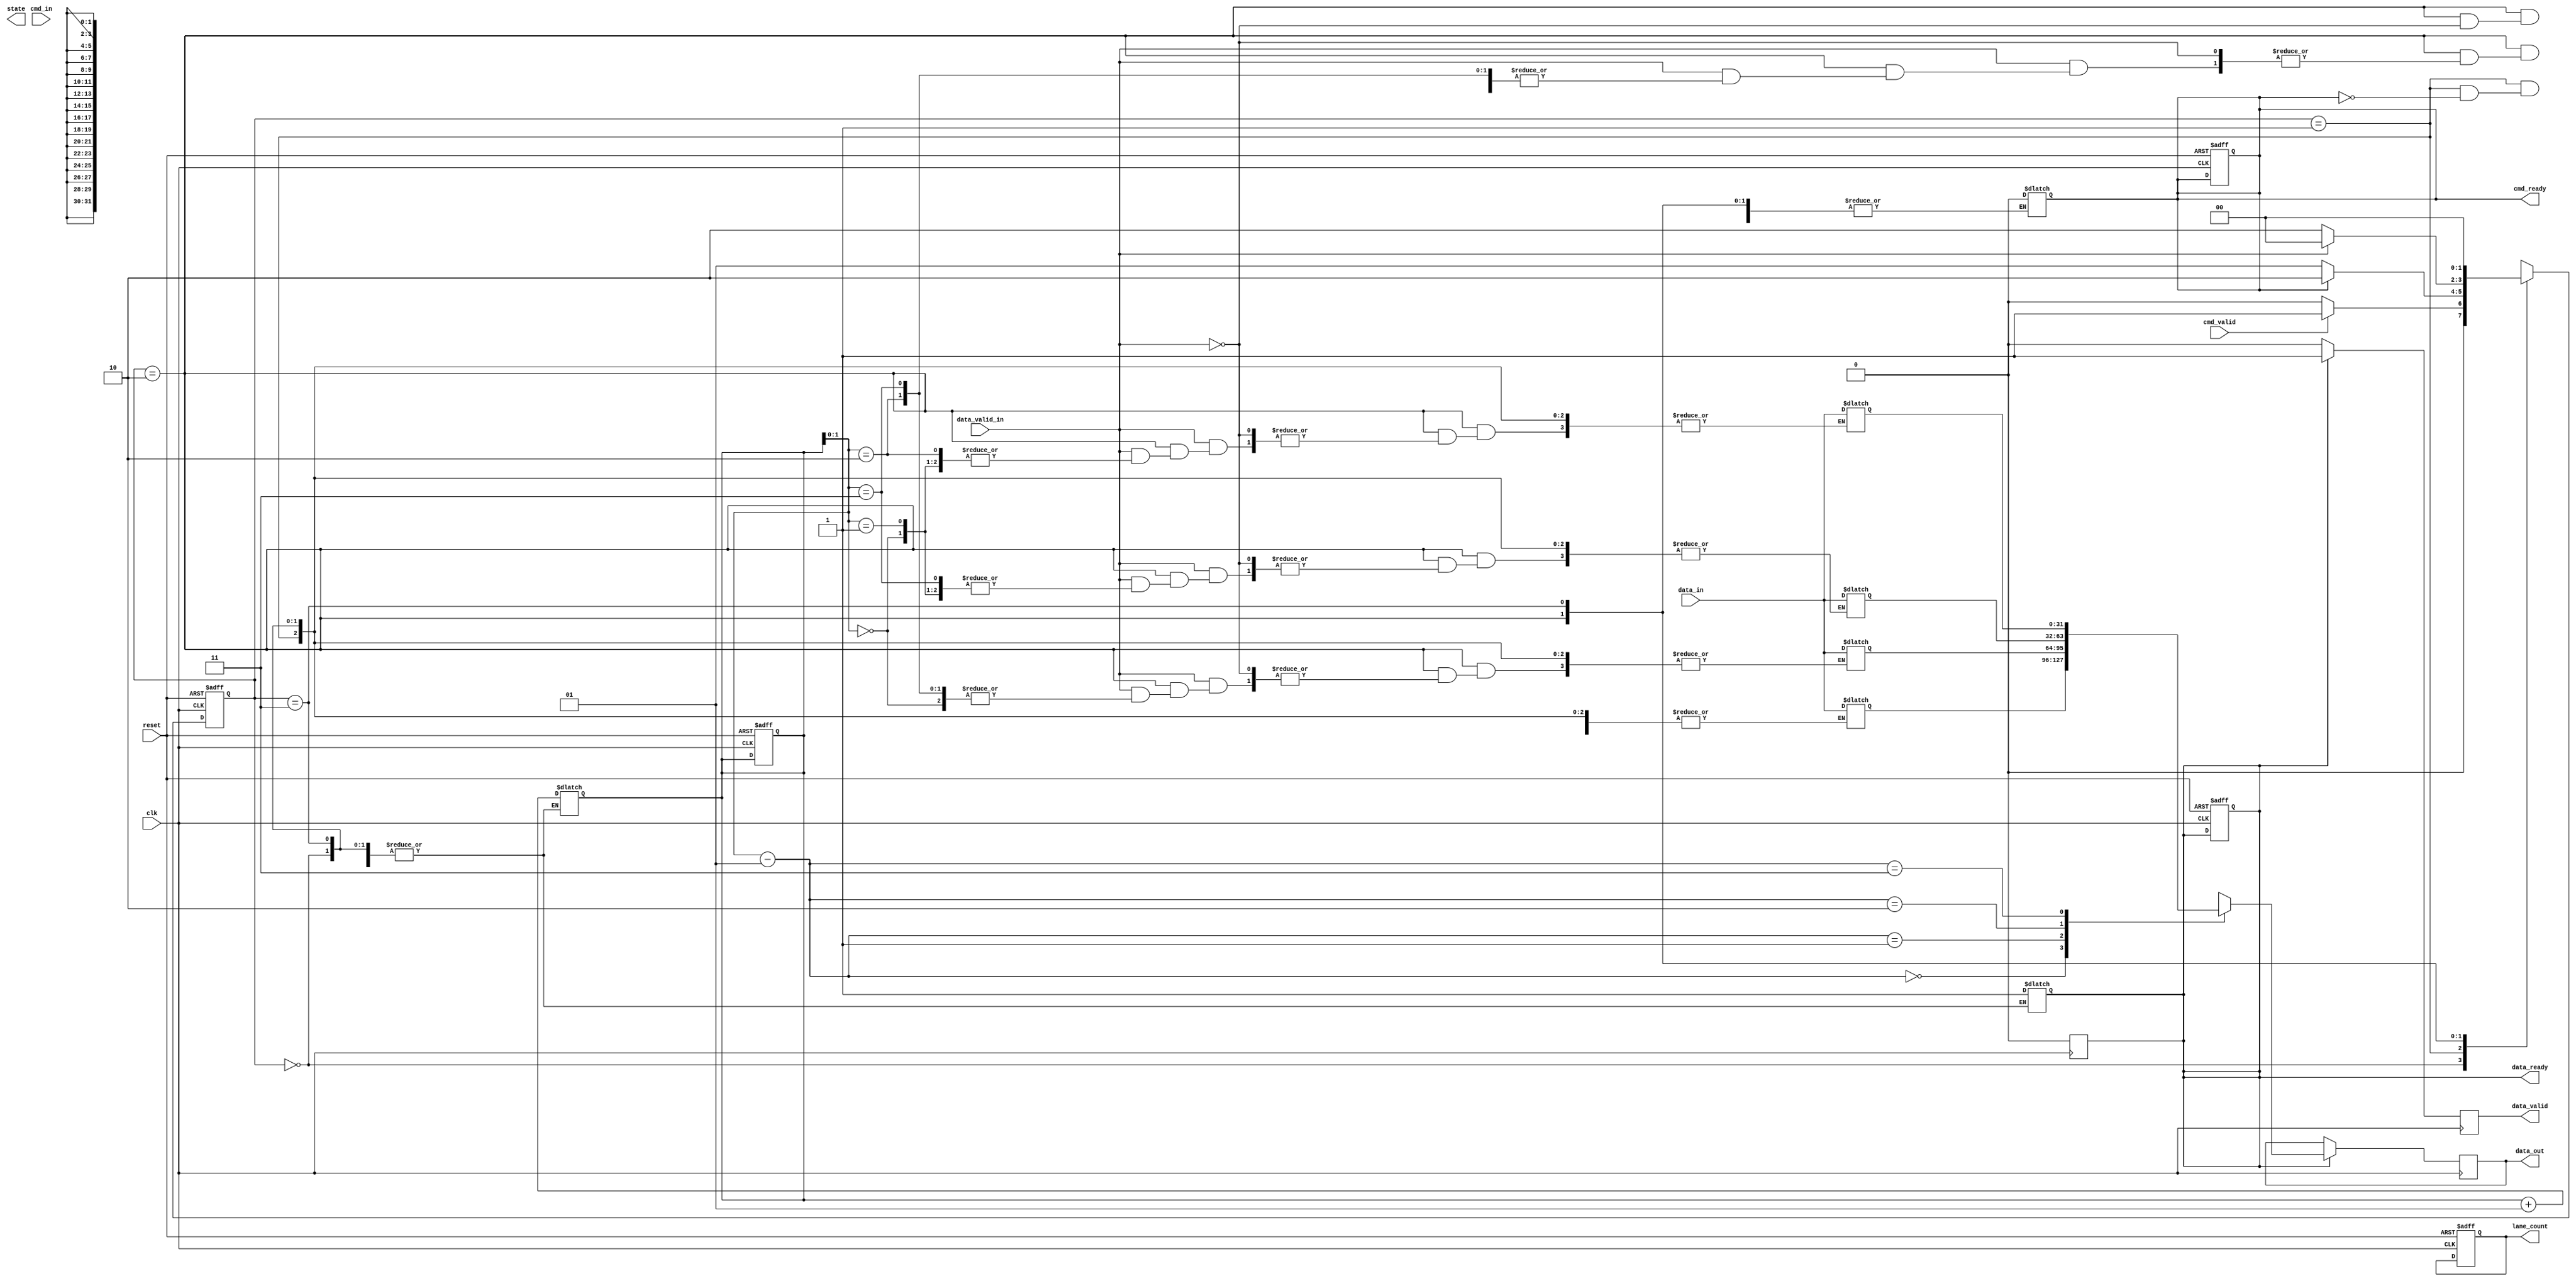
module ufs_io_block (
    input wire clk,
    input wire reset,
    input wire [31:0] cmd_in,         // Command Input
    input wire cmd_valid,              // Command Valid Signal
    output reg cmd_ready,              // Command Ready Signal
    output reg [31:0] data_out,        // Data Output
    output reg data_valid,             // Data Valid Signal
    input wire [31:0] data_in,         // Data Input
    input wire data_valid_in,          // Incoming Data Valid Signal
    output reg data_ready,             // Data Ready Signal
    output reg [3:0] lane_count,       // Configurable Lane Count
    output reg [1:0] state             // State Machine Output
);

    // State Definitions
    localparam IDLE         = 2'b00;
    localparam CMD_TRANSFER = 2'b01;
    localparam DATA_TRANSFER = 2'b10;
    localparam ERROR_STATE  = 2'b11;

    // Registers for internal state management
    reg [1:0] current_state, next_state;
    
    // FIFO Buffers (simplified for illustration)
    reg [31:0] fifo_cmd [0:3]; // Simple FIFO for commands
    reg [31:0] fifo_data [0:3]; // Simple FIFO for data
    integer cmd_ptr, data_ptr;

    // Clock Management and State Machine
    always @(posedge clk or posedge reset) begin
        if (reset) begin
            current_state <= IDLE;
            cmd_ready <= 1;
            data_ready <= 0;
            cmd_ptr <= 0;
            data_ptr <= 0;
            lane_count <= 4; // Example: 4 lanes by default
        end else begin
            current_state <= next_state;
        end
    end

    // Next State Logic
    always @(*) begin
        case (current_state)
            IDLE: begin
                if (cmd_valid) begin
                    next_state = CMD_TRANSFER;
                end else begin
                    next_state = IDLE;
                end
            end
            CMD_TRANSFER: begin
                if (cmd_ready) begin
                    fifo_cmd[cmd_ptr] = cmd_in;
                    cmd_ptr = cmd_ptr + 1;
                    cmd_ready = 0; // Command has been received
                    next_state = DATA_TRANSFER;
                end else begin
                    next_state = CMD_TRANSFER;
                end
            end
            DATA_TRANSFER: begin
                if (data_valid_in) begin
                    fifo_data[data_ptr] = data_in;
                    data_ptr = data_ptr + 1;
                    data_ready = 1; // Data has been received
                    next_state = IDLE; // Go back to idle after data transfer
                end else begin
                    next_state = DATA_TRANSFER;
                end
            end
            ERROR_STATE: begin
                // Handle error conditions
                next_state = IDLE; // Reset to IDLE after error
            end
            default: next_state = IDLE;
        endcase
    end

    // Data output logic
    always @(posedge clk) begin
        if (data_ready) begin
            data_out <= fifo_data[data_ptr - 1]; // Output last received data
            data_valid <= 1;
            data_ready <= 0; // Reset data ready
        end else begin
            data_valid <= 0;
        end
    end

endmodule